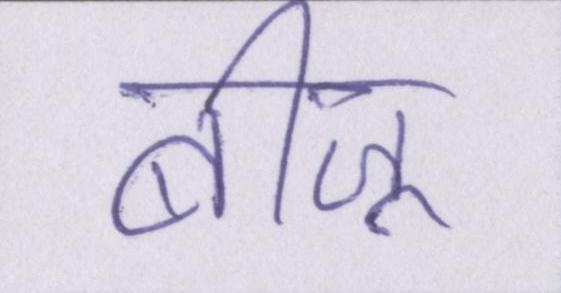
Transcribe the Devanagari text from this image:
बीजू